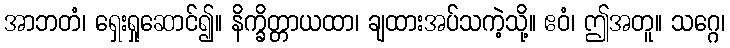
အာဘတံ၊ ရှေးရှုဆောင်၍။ နိက္ခိတ္တာယထာ၊ ချထားအပ်သကဲ့သို့။ ဧဝံ၊ ဤအတူ။ သဂ္ဂေ၊